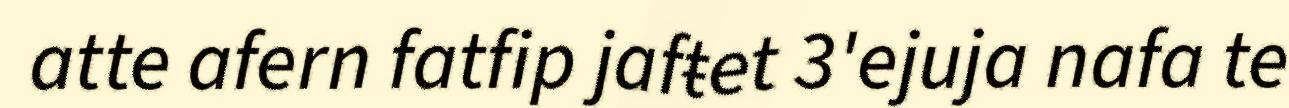
atte afern fatfip jafŧet 3'ejuja nafa te